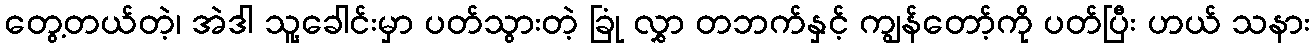
တွေ့တယ်တဲ့၊ အဲဒါ သူ့ခေါင်းမှာ ပတ်သွားတဲ့ ခြုံ လွှာ တဘက်နှင့် ကျွန်တော့်ကို ပတ်ပြီး ဟယ် သနား